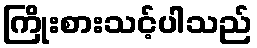
ကြိုးစားသင့်ပါသည်